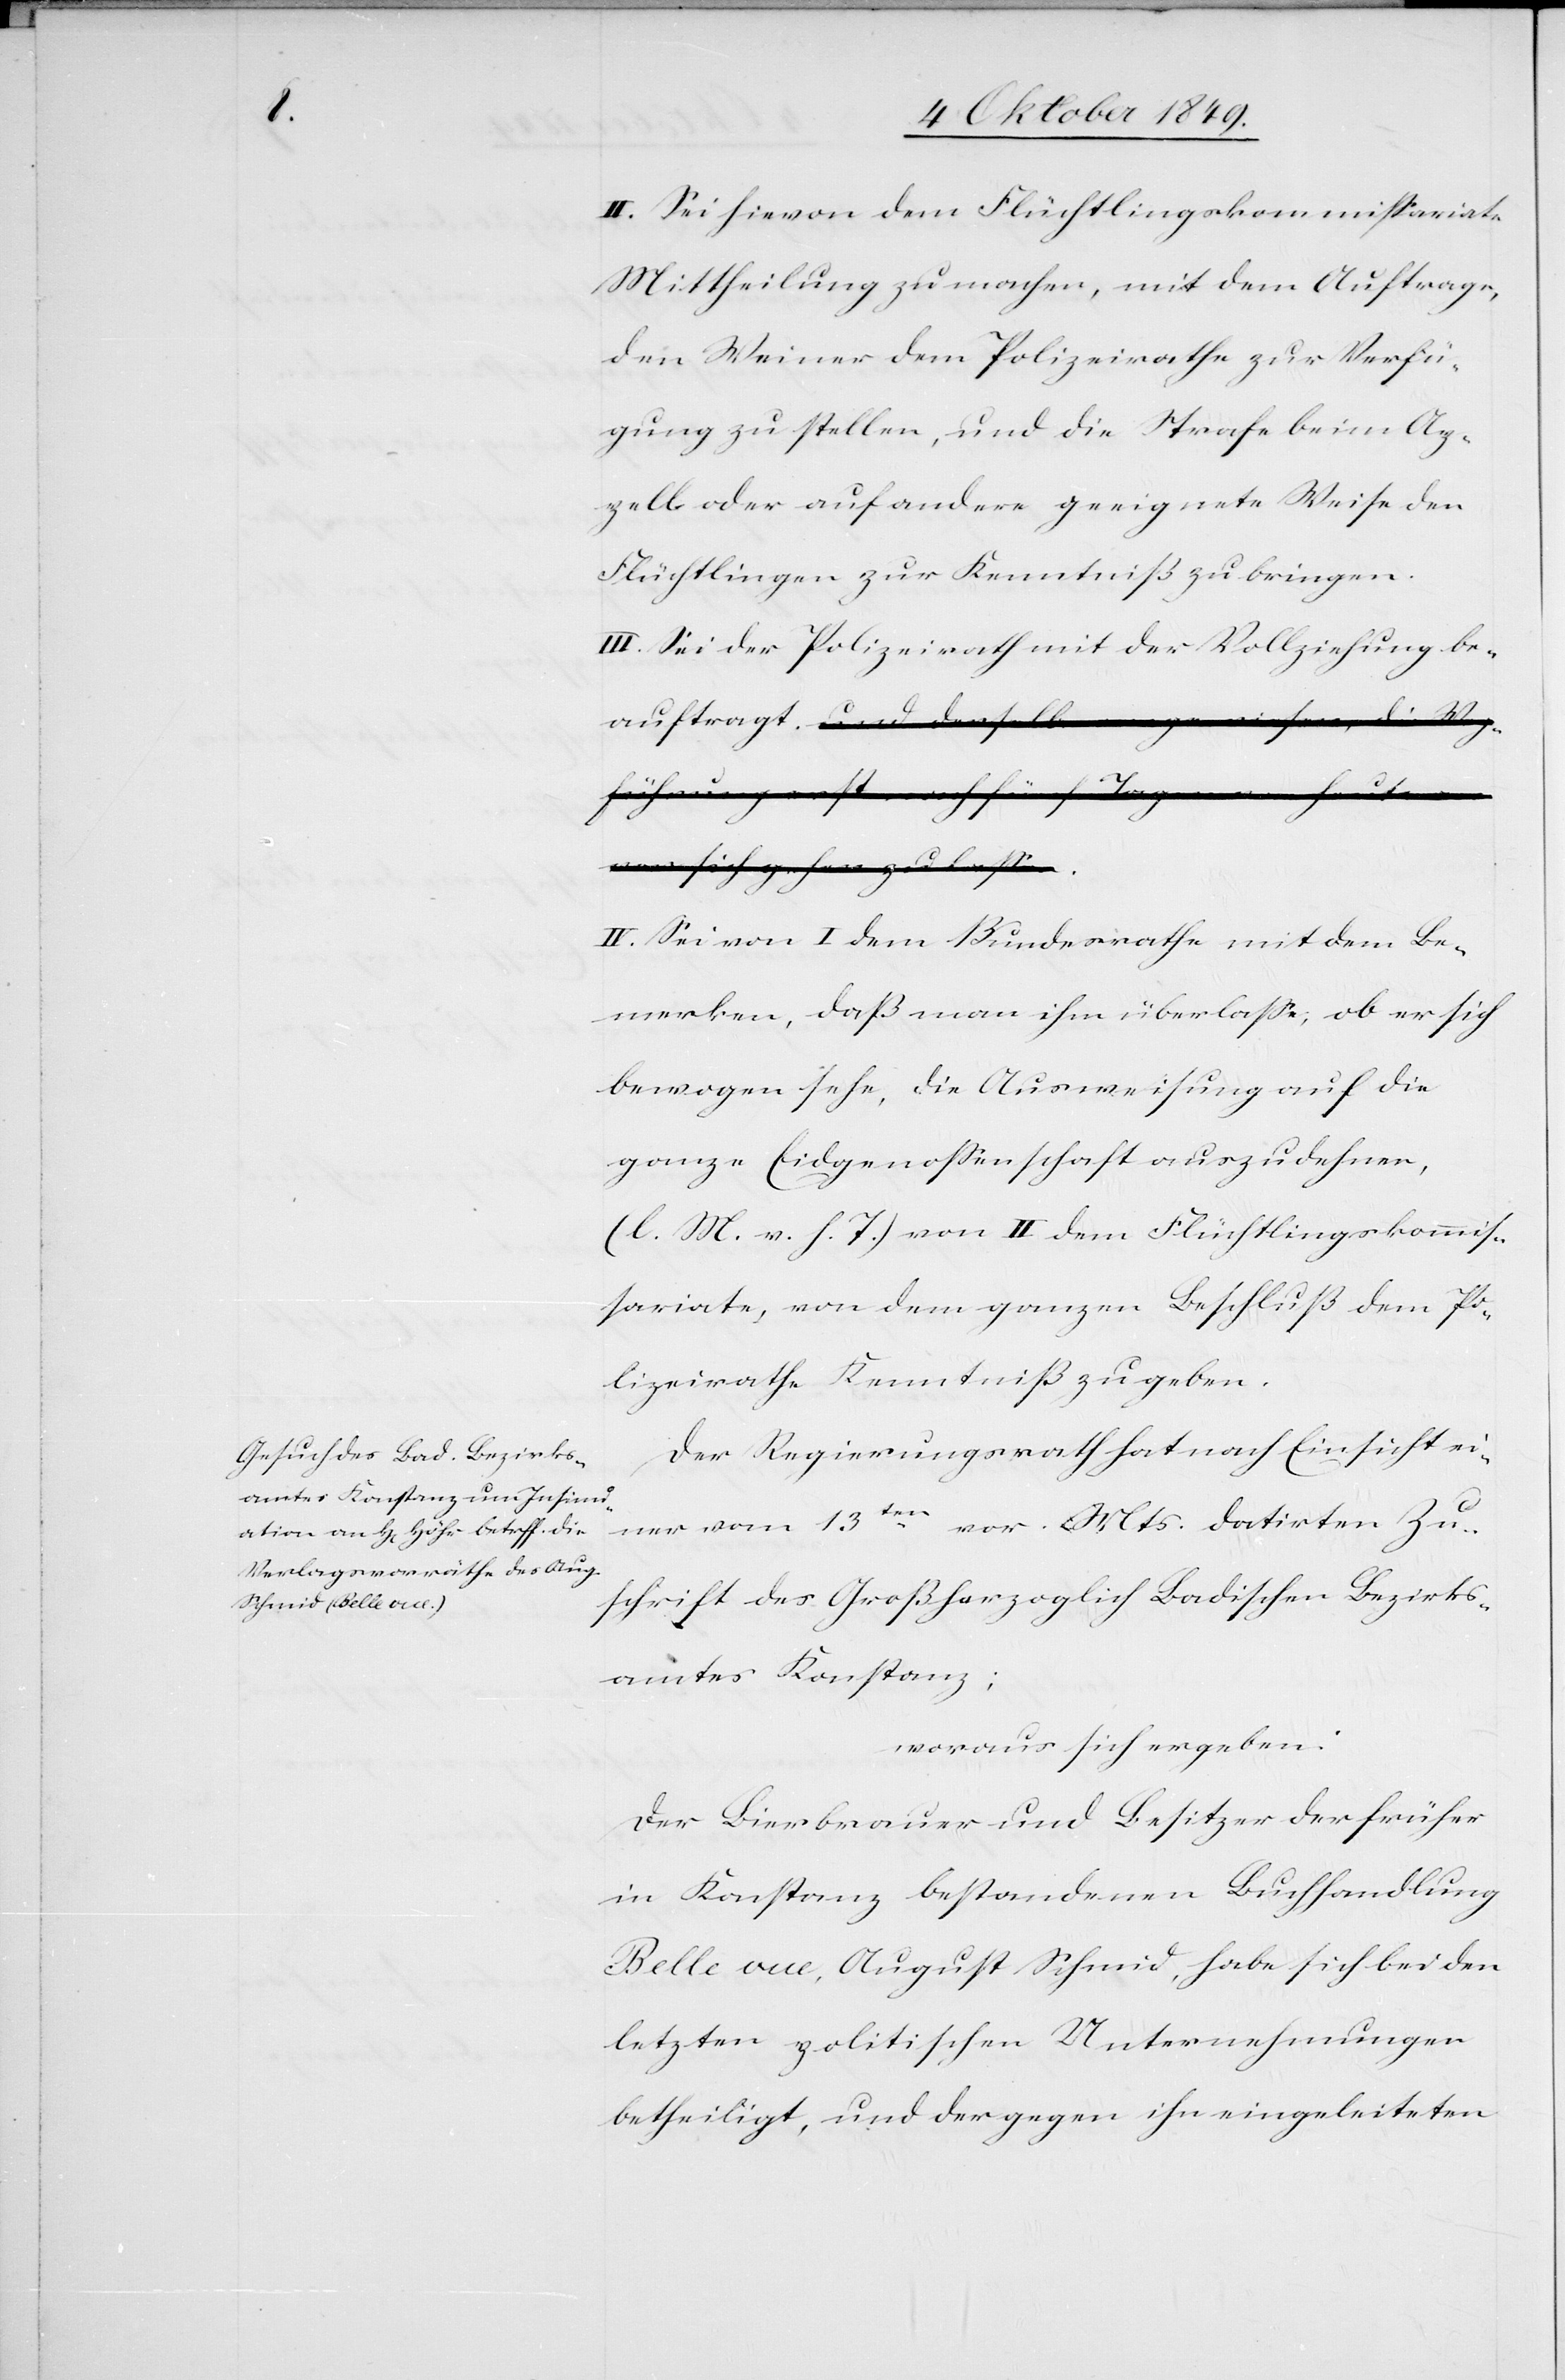
II. Sei hievon dem Flüchtlingskommißariate
Mittheilung zu machen, mit dem Auftrage,
den Weiner dem Polizeirathe zur Verfü¬
gung zu stellen, und die Strafe beim Ap¬
pell oder auf andere geeignete Weise den
Flüchtlingen zur Kenntniß zu bringen.
III. Sei der Polizeirath mit der Vollziehung be¬
auftragt.
IV. Sei von I dem Bundesrathe mit dem Be¬
merken, daß man ihm überlaße, ob er sich
bewogen sehe, die Ausweisung auf die
ganze Eidgenossenschaft auszudehnen,
[l. M. v. h. T] von II dem Flüchtlingskommiß¬
ariate, von dem ganzen Beschluß dem Po¬
lizeirathe Kenntniß zu geben.
Der Regierungsrath hat nach Einsicht ei¬
ner vom 13ten vor. Mts. datirten Zu¬
schrift des Großherzoglich Badischen Bezirks¬
amtes Konstanz;
woraus sich ergeben:
Der Bierbrauer und Besitzer der früher
in Konstanz bestandenen Buchhandlung
Belle vue, August Schmid, habe sich bei den
letztern politischen Unternehmungen
betheiligt, und der gegen ihn eingeleiteten